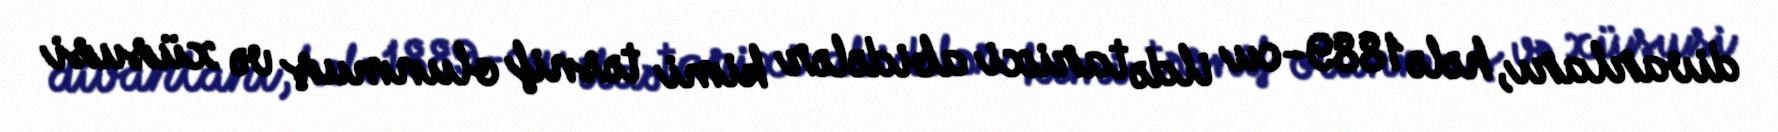
divarları, hələ 1889-cu ildə tarixi abidələr kimi təsnif olunmuş və xüsusi